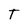
Character: T